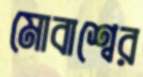
মোবাশ্বের